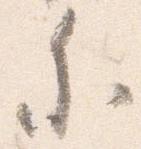
参